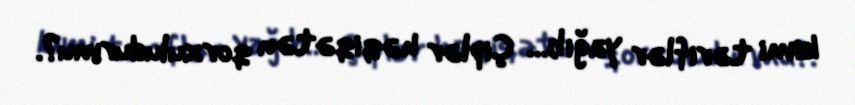
kimi təriflər yağıb... Çiplər həqiqətən qorxuludurmu?.